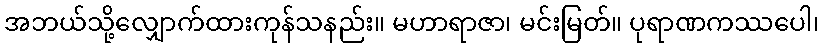
အဘယ်သို့လျှောက်ထားကုန်သနည်း။ မဟာရာဇာ၊ မင်းမြတ်။ ပုရာဏကဿပေါ၊